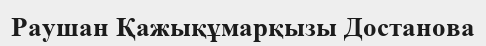
Раушан Қажықұмарқызы Достанова